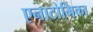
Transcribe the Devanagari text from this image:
एनाटोमिका